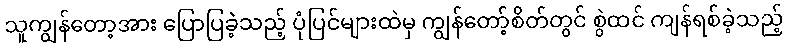
သူကျွန်တော့အား ပြောပြခဲ့သည့် ပုံပြင်များထဲမှ ကျွန်တော့်စိတ်တွင် စွဲထင် ကျန်ရစ်ခဲ့သည့်